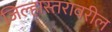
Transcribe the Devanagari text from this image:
जिल्हास्तरावरील